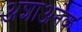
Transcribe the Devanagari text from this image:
अशाअनेक